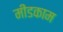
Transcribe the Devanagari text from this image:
मींडकाम